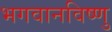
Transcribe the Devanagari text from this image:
भगवानविष्णु